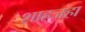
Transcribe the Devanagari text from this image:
शाहजहा